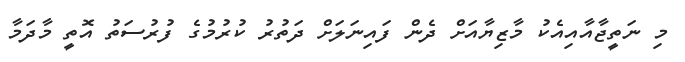
މި ނަތީޖާއާއިއެކު މާޒިޔާއަށް ދެން ފައިނަލަށް ދަތުރު ކުރުމުގެ ފުރުސަތު އޮތީ މާދަމާ